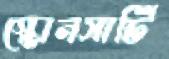
স্কোনসার্টি